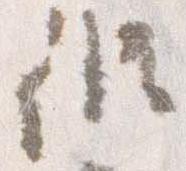
修